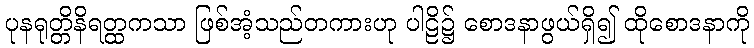
ပုနရုတ္တိနိရတ္ထကသာ ဖြစ်အံ့သည်တကားဟု ပါဠိ၌ စောဒနာဖွယ်ရှိ၍ ထိုစောဒနာကို